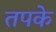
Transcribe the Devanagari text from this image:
तपके